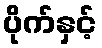
ပိုက်နှင့်